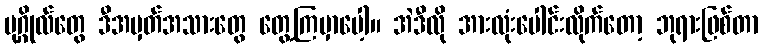
ပုဂ္ဂိုလ်တွေ ဒီအမှတ်အသားတွေ တွေ့ကြမှာပေါ့။ အဲဒီလို အားလုံးပေါင်းလိုက်တော့ ဘုရားဖြစ်တာ